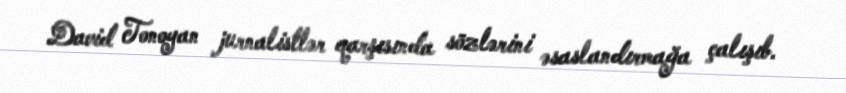
David Tonoyan jurnalistlər qarşısında sözlərini əsaslandırmağa çalışıb.